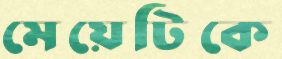
মেয়েটিকে